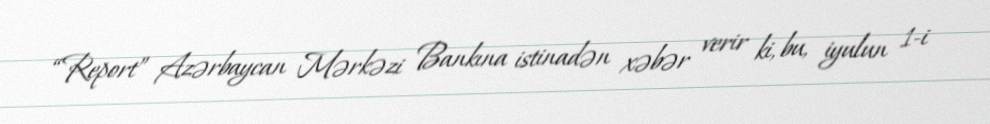
“Report” Azərbaycan Mərkəzi Bankına istinadən xəbər verir ki, bu, iyulun 1-i